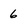
Character: 6